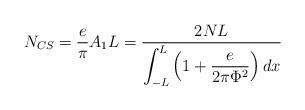
LaTeX: \begin{align*}N_{CS} = \frac{e}{\pi} A_1 L = \frac{2NL}{\displaystyle \int^L_{-L}\left(\displaystyle 1 +\frac{e}{2\pi\Phi^2}\right) dx}\end{align*}